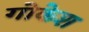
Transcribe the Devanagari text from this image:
गोकेश